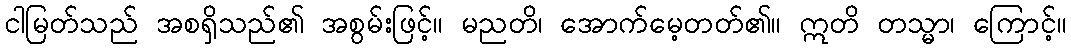
ငါမြတ်သည် အစရှိသည်၏ အစွမ်းဖြင့်။ မညတိ၊ အောက်မေ့တတ်၏။ ဣတိ တသ္မာ၊ ကြောင့်။